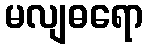
မလျဓရော